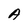
Character: A